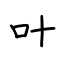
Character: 叶